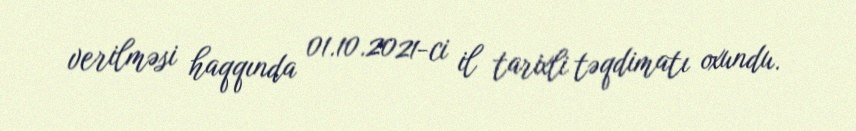
verilməsi haqqında 01.10.2021-ci il tarixli təqdimatı oxundu.